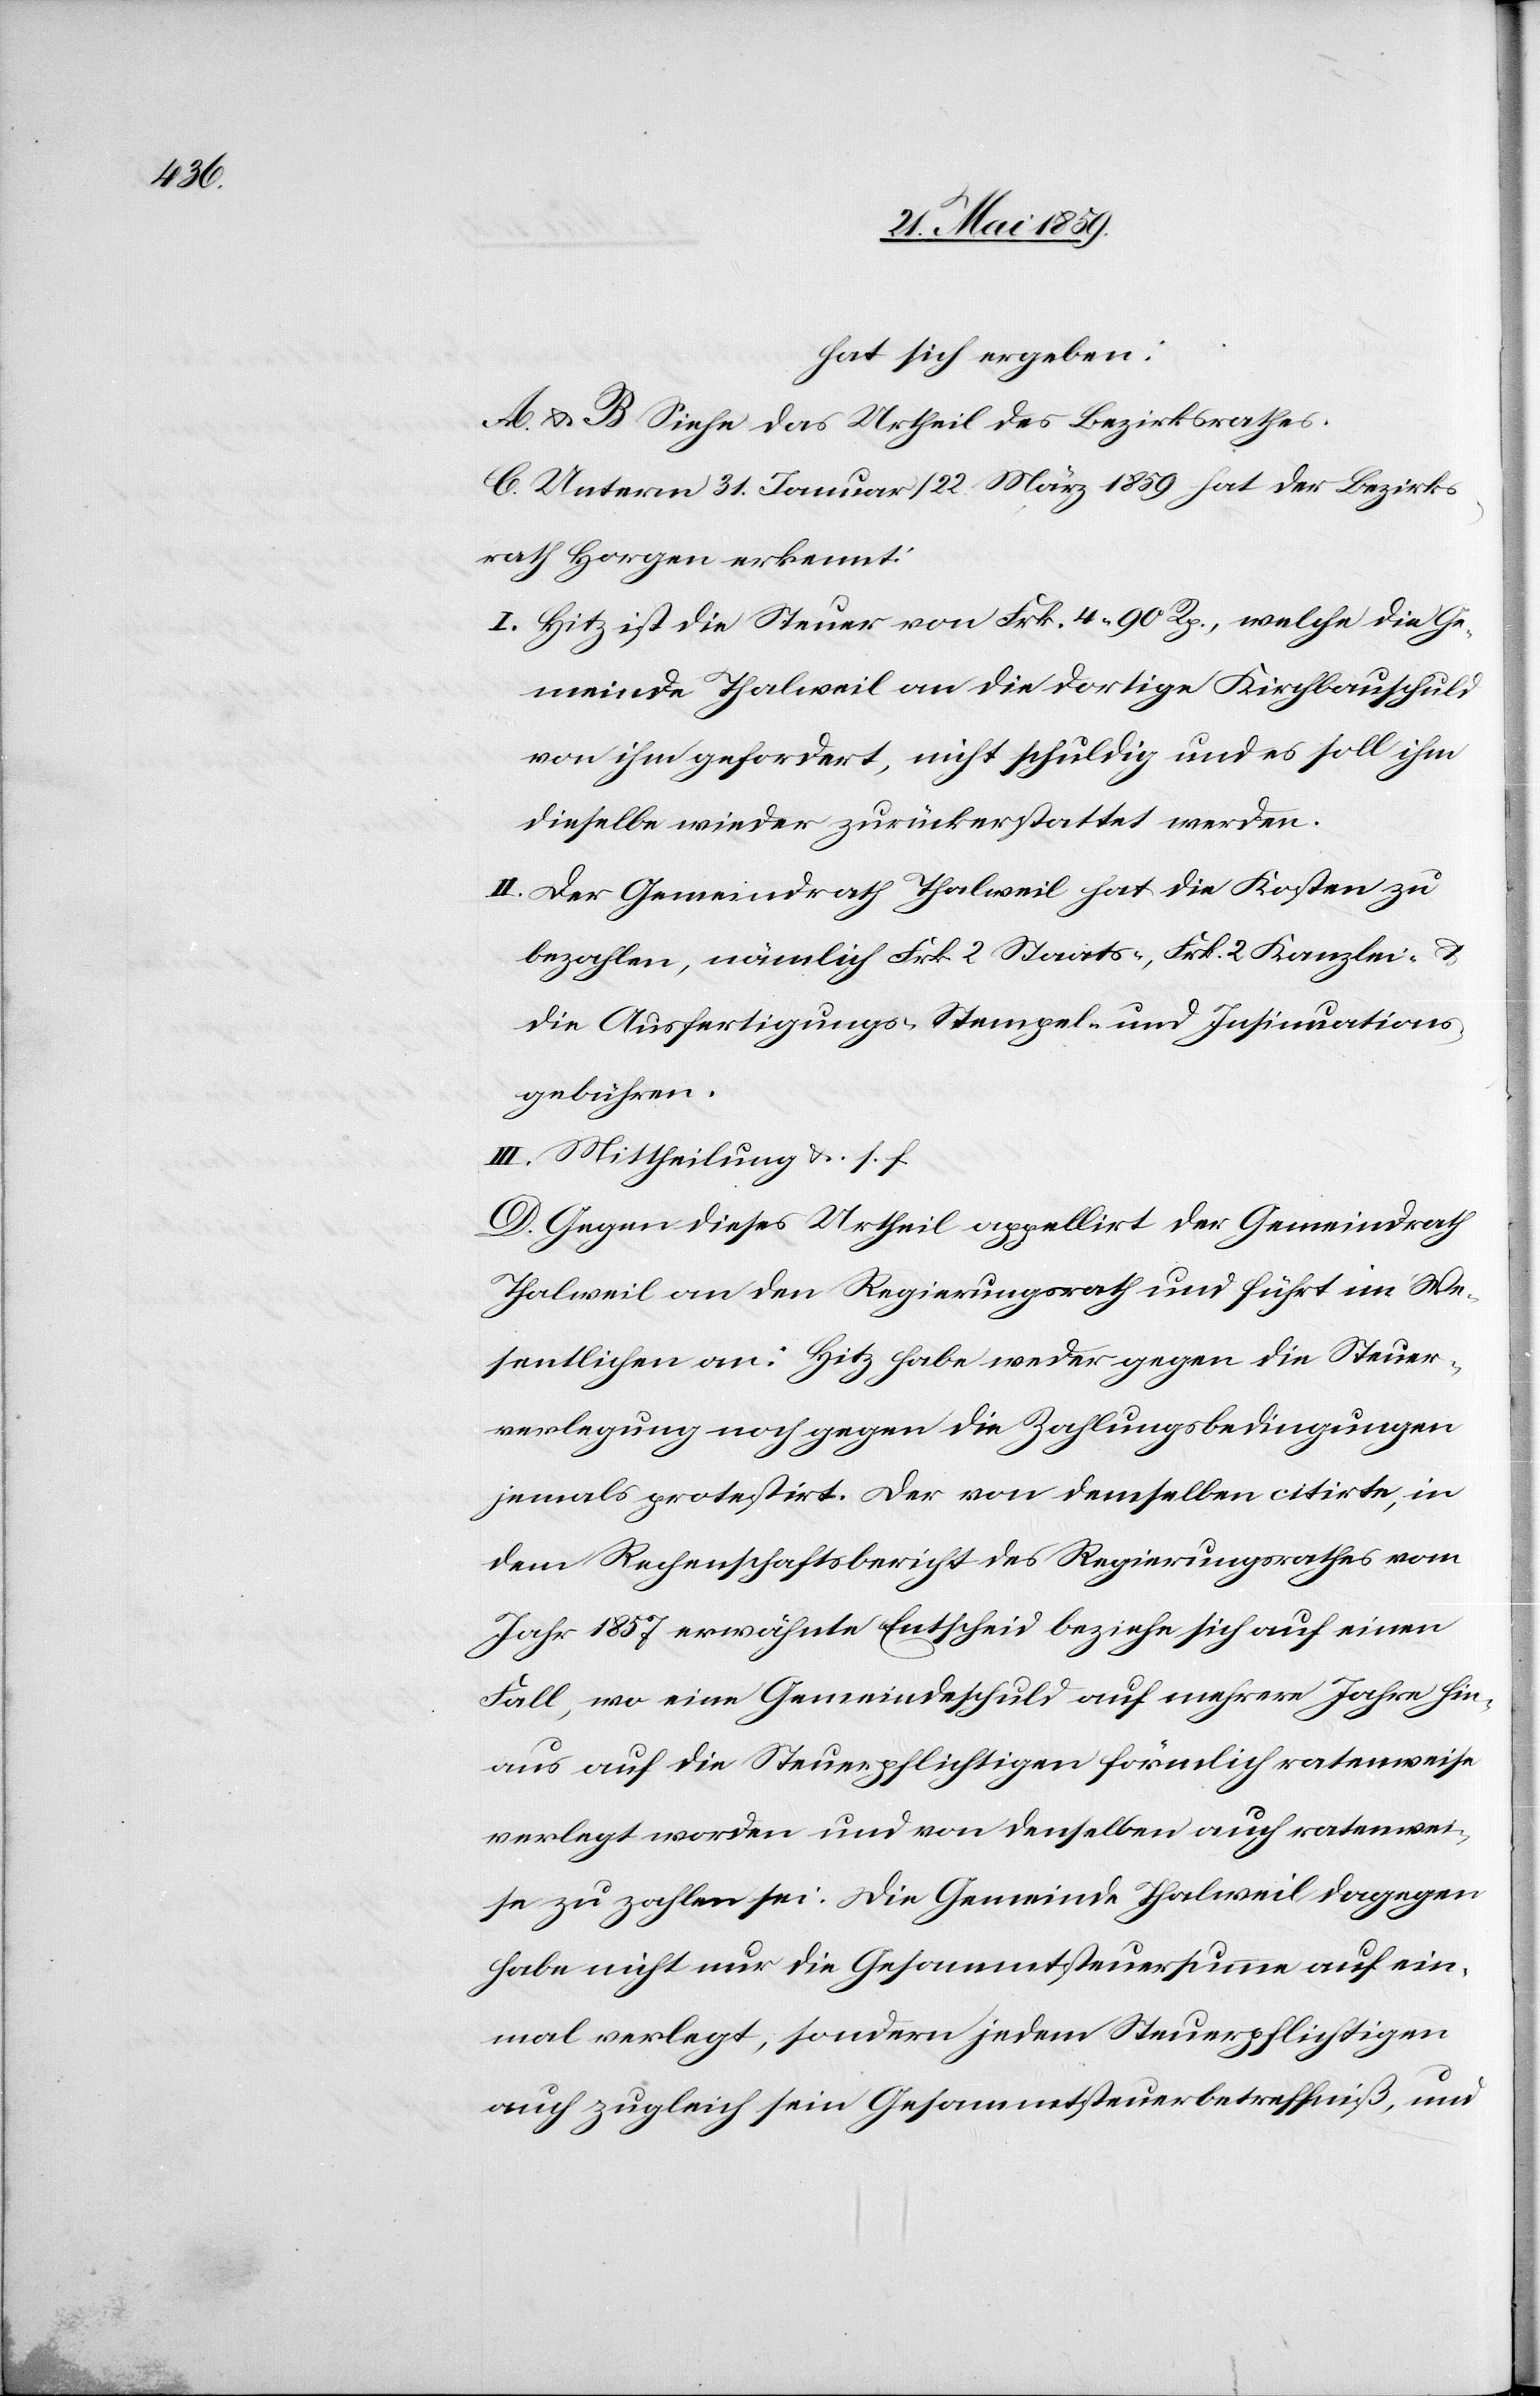
hat sich ergeben:
A. u. B Siehe das Urtheil des Bezirksrathes.
C. Unterm 31. Januar / 22. März 1859 hat der Bezirks¬
rath Horgen erkennt:
I. Hitz ist die Steuer von Frk. 4.90 Rp., welche die Ge¬
meinde Thalweil an die dortige Kirchbauschuld
von ihm gefordert, nicht schuldig und es soll ihm
dieselbe wieder zurückerstattet werden.
II. Der Gemeindrath Thalweil hat die Kosten zu
bezahlen, nämlich Frk. 2 Staats-, Frk. 2 Kanzlei-, u.
die Ausfertigungs-, Stempel- und Insinuations¬
gebühren.
III. Mittheilung u. s. f
D. Gegen dieses Urtheil appelliert der Gemeindrath
Thalweil an den Regierungsrath und führt im We¬
sentlichen an: Hitz habe weder gegen die Steuer¬
verlegung noch gegen die Zahlungsbedingungen
jemals protestirt. Der von demselben citirte, in
dem Rechenschaftsbericht des Regierungsrathes vom
Jahr 1857 erwähnte Entscheid beziehe sich auf einen
Fall, wo eine Gemeindeschuld auf mehrere Jahre hin¬
aus auf die Steuerpflichtigen förmlich ratenweise
verlegt worden und von denselben auch ratenwei¬
se zu zahlen sei: Die Gemeinde Thalweil dagegen
habe nicht nur die Gesammtsteuersumme auf ein¬
mal verlegt, sondern jedem Steuerpflichtigen
auch zugleich sein Gesammtsteuerbetreffniß, und